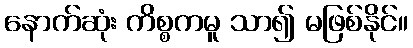
နောက်ဆုံး ကိစ္စကမူ သာ၍ မဖြစ်နိုင်။